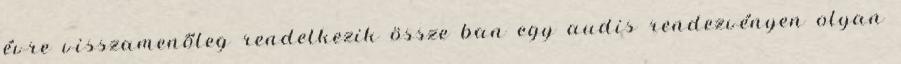
évre visszamenőleg rendelkezik össze ban egy audis rendezvényen olyan